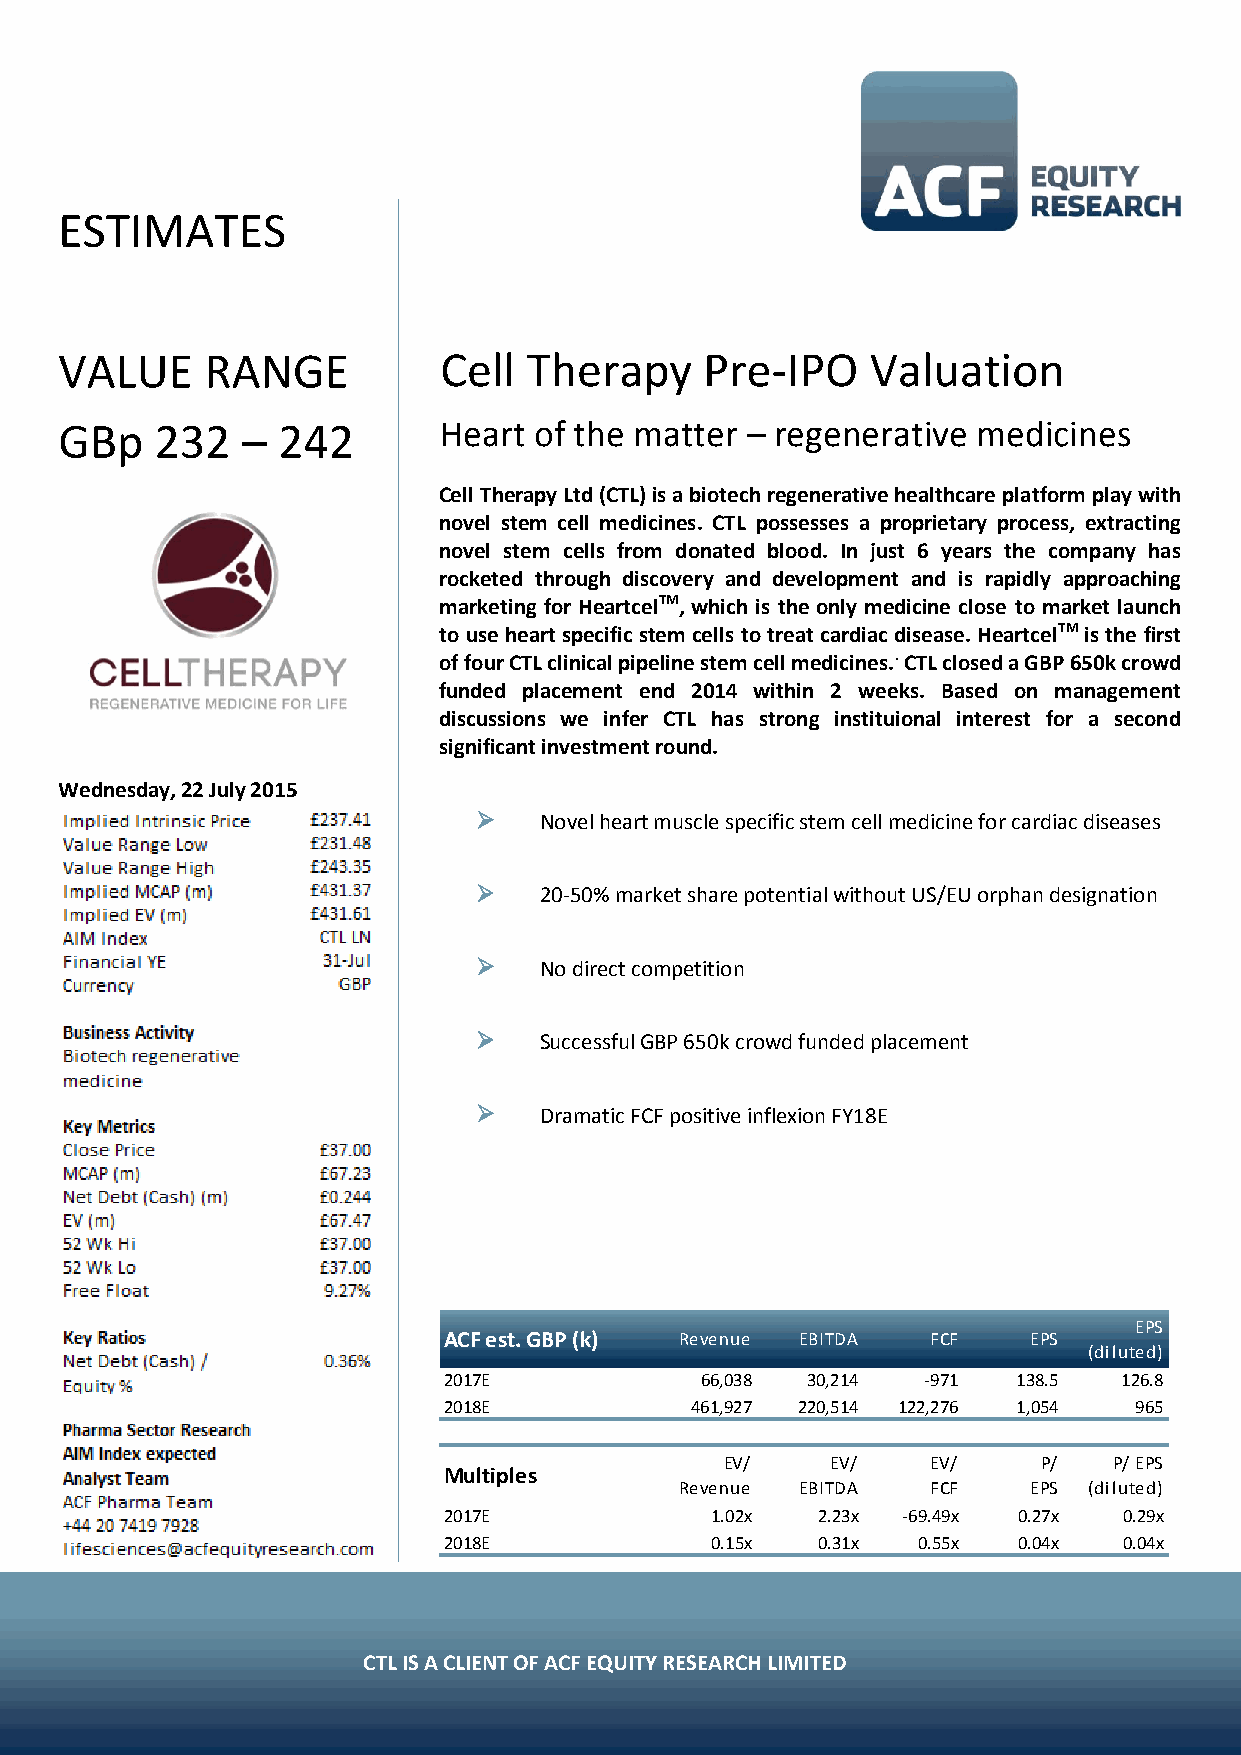
ESTIMATES
 VALUE     RANGE          Cell  Therapy     Pre-IPO    Valuation
 GBp   232   – 242        Heart of the matter – regenerative  medicines
 Cell Therapy Ltd (CTL) is a biotech regenerative healthcare platform play with
 novel stem cell medicines. CTL possesses a proprietary process, extracting
 novel stem cells from donated blood. In just 6 years the company has
 rocketed through discovery and development and is rapidly approaching
 marketing for HeartcelTM, which is the only medicine close to market launch
 to use heart specific stem cells to treat cardiac disease. HeartcelTM is the first
 of four CTL clinical pipeline stem cell medicines.. CTL closed a GBP 650k crowd
 funded placement end 2014 within 2 weeks. Based on management
 discussions we infer CTL has strong instituional interest for a second
 significant investment round.
 Wednesday, 22 July 2015
  Novel heart muscle specific stem cell medicine for cardiac diseases
  20-50% market share potential without US/EU orphan designation
  No direct competition
  Successful GBP 650k crowd funded placement
  Dramatic FCF positive inflexion FY18E
 
 EPS
 ACF est. GBP (k) Revenue EBITDA  FCF   EPS
 (diluted)
 2017E            66,038 30,214  -971  138.5  126.8
 2018E            461,927 220,514 122,276 1,054 965
 EV/    EV/    EV/    P/   P/ EPS
 Multiples
 Revenue EBITDA   FCF   EPS (diluted)
 2017E             1.02x  2.23x -69.49x 0.27x 0.29x
 2018E             0.15x  0.31x  0.55x 0.04x  0.04x
 ACF Equity Research Ltd is regulated by the Financial Conduct Authority. FRN 607274. Page 1 of 36
 CTL IS A CLIENT OF ACF EQUITY RESEARCH LIMITED